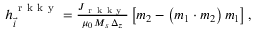
\begin{array} { r } { \boldsymbol { h } _ { \vec { i } } ^ { \mathrm { ~ r ~ k ~ k ~ y ~ } } = \frac { J _ { \mathrm { ~ r ~ k ~ k ~ y ~ } } } { \mu _ { 0 } \, M _ { s } \, \Delta _ { z } } \left[ \boldsymbol { m } _ { 2 } - \left( \boldsymbol { m } _ { 1 } \cdot \boldsymbol { m } _ { 2 } \right) \boldsymbol { m } _ { 1 } \right] , } \end{array}